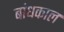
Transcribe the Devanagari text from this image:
बांधकाल